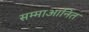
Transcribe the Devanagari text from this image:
सम्माआनित